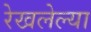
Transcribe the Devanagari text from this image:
रेखलेल्या